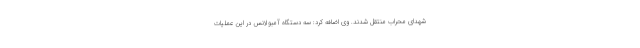
شهدای محراب منتقل شدند. وی اضافه کرد: سه دستگاه آمبولانس در این عملیات